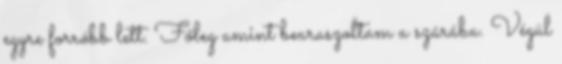
egyre forróbb lett. Főleg amint bearaszoltam a szárába. Végül